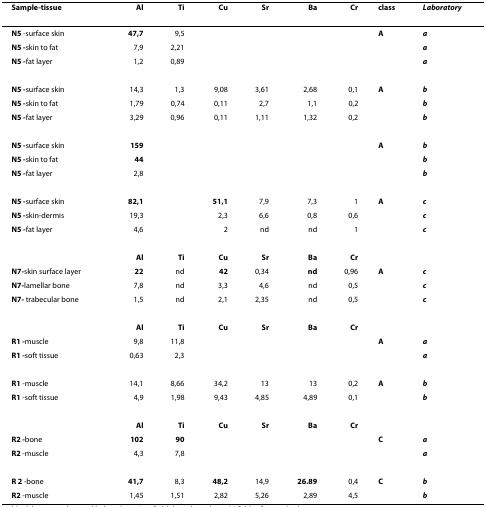
| Sample-tissue | Al | Ti | Cu | Sr | Ba | Cr | class | Laboratory |
 | --- | --- | --- | --- | --- | --- | --- | --- | --- |
 | N5 -surface skin | 47,7 | 9,5 |  |  |  |  | A | a |
 | N5 -skin to fat | 7,9 | 2,21 |  |  |  |  |  | a |
 | N5 -fat layer | 1,2 | 0,89 |  |  |  |  |  | a |
 | N5 -surface skin | 14,3 | 1,3 | 9,08 | 3,61 | 2,68 | 0,1 | A | b |
 | N5 -skin to fat | 1,79 | 0,74 | 0,11 | 2,7 | 1,1 | 0,2 |  | b |
 | N5 -fat layer | 3,29 | 0,96 | 0,11 | 1,11 | 1,32 | 0,2 |  | b |
 | N5 -surface skin | 159 |  |  |  |  |  | A | b |
 | N5 -skin to fat | 44 |  |  |  |  |  |  | b |
 | N5 -fat layer | 2,8 |  |  |  |  |  |  | b |
 | N5 -surface skin | 82,1 |  | 51,1 | 7,9 | 7,3 | 1 | A | c |
 | N5 -skin-dermis | 19,3 |  | 2,3 | 6,6 | 0,8 | 0,6 |  | c |
 | N5 -fat layer | 4,6 |  | 2 | nd | nd | 1 |  | c |
 |  | Al | Ti | Cu | Sr | Ba | Cr |  |  |
 | N7-skin surface layer | 22 | nd | 42 | 0,34 | nd | 0,96 | A | c |
 | N7-lamellar bone | 7,8 | nd | 3,3 | 4,6 | nd | 0,5 |  | c |
 | N7- trabecular bone | 1,5 | nd | 2,1 | 2,35 | nd | 0,5 |  | c |
 |  | Al | Ti | Cu | Sr | Ba | Cr |  |  |
 | R1 -muscle | 9,8 | 11,8 |  |  |  |  | A | a |
 | R1 -soft tissue | 0,63 | 2,3 |  |  |  |  |  | a |
 | R1 -muscle | 14,1 | 8,66 | 34,2 | 13 | 13 | 0,2 | A | b |
 | R1 -soft tissue | 4,9 | 1,98 | 9,43 | 4,85 | 4,89 | 0,1 |  | b |
 |  | Al | Ti | Cu | Sr | Ba | Cr |  |  |
 | R2 -bone | 102 | 90 |  |  |  |  | C | a |
 | R2 -muscle | 4,3 | 7,8 |  |  |  |  |  | a |
 | R 2 -bone | 41,7 | 8,3 | 48,2 | 14,9 | 26.89 | 0,4 | C | b |
 | R2 -muscle | 1,45 | 1,51 | 2,82 | 5,26 | 2,89 | 4,5 |  | b |